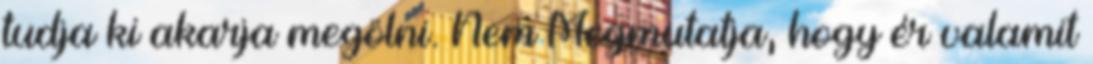
tudja ki akarja megölni. Nem Megmutatja, hogy ér valamit